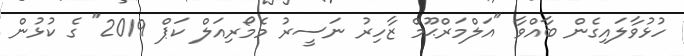
ހުޅުވާލައިގެން ބާއްވާ "އަލްމަރްޙޫމް ޒާހިރު ނަސީރު މެމޯރިއަލް ކަޕް 2019" ގެ ކުޅުން